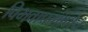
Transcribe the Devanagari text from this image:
विभवाप्रमाणेच